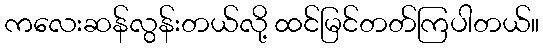
ကလေးဆန်လွန်းတယ်လို့ ထင်မြင်တတ်ကြပါတယ်။